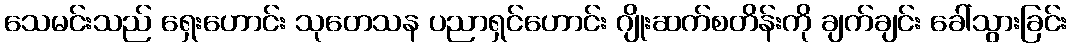
သေမင်းသည် ရှေးဟောင်း သုတေသန ပညာရှင်ဟောင်း ဂျိုးဆက်စတိန်းကို ချက်ချင်း ခေါ်သွားခြင်း